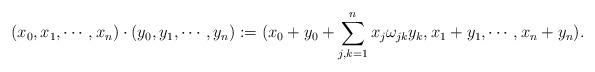
LaTeX: \begin{align*}( x_0, x_1, \cdots, x_n ) \cdot( y_0, y_1, \cdots, y_n ) :=( x_0 + y_0 + \sum_{j,k=1}^n x_j \omega_{jk} y_k, x_1 + y_1, \cdots, x_n + y_n ). \end{align*}